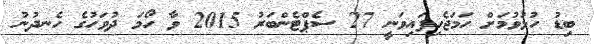
ބިޑު ހުޅުވުމަށް ހަމަޖެހިފައިވަނީ 27 ސެޕްޓެންބަރު 2015 ވާ ހޯމަ ދުވަހުގެ ހެނދުނު